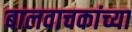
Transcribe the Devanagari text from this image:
बालवाचकांच्या